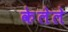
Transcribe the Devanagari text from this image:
केेलेले